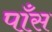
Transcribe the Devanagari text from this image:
पाँस